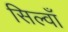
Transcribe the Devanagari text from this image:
सिल्वाँ